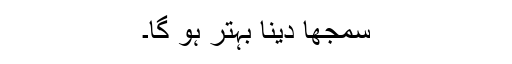
سمجھا دینا بہتر ہو گا۔